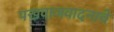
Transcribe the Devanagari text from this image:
पखवाजवादनाचे